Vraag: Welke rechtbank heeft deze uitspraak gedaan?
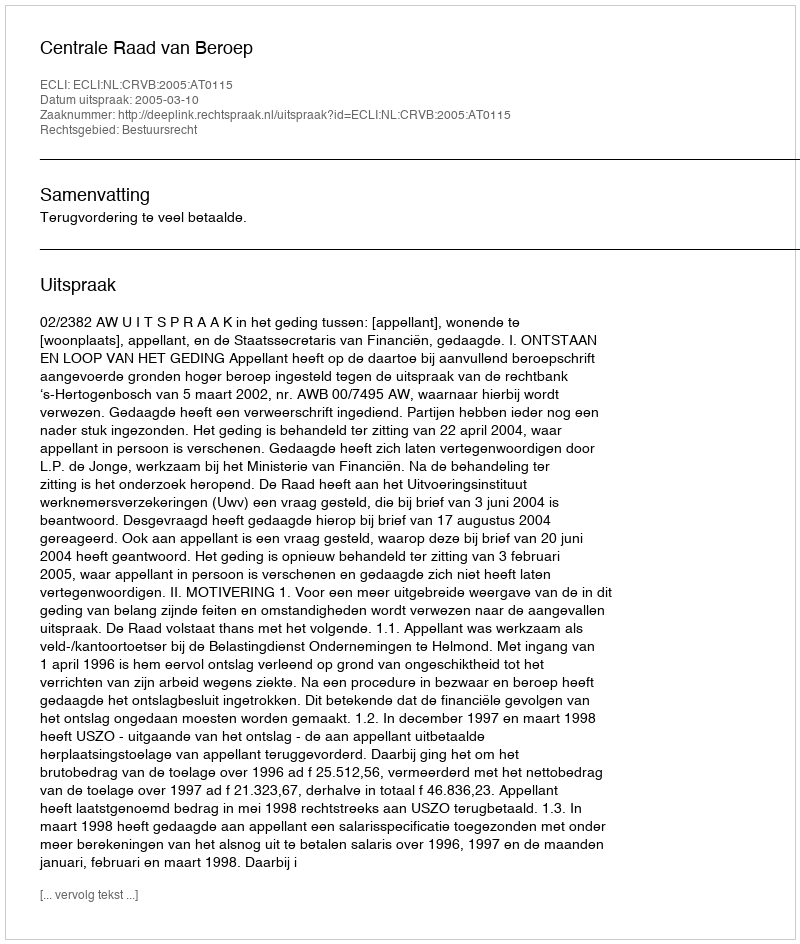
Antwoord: Centrale Raad van Beroep